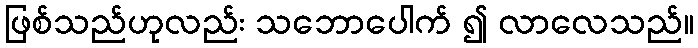
ဖြစ်သည်ဟုလည်း သဘောပေါက် ၍ လာလေသည်။